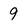
Character: 9